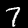
Digit: 7